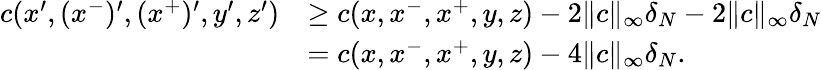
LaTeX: \begin{array}{rl}{c(x^{\prime},(x^{-})^{\prime},(x^{+})^{\prime},y^{\prime},z^{\prime})}&{\geq c(x,x^{-},x^{+},y,z)-2\| c\| _{\infty}\delta_{N}-2\| c\| _{\infty}\delta_{N}}\\ &{=c(x,x^{-},x^{+},y,z)-4\| c\| _{\infty}\delta_{N}.}\end{array}